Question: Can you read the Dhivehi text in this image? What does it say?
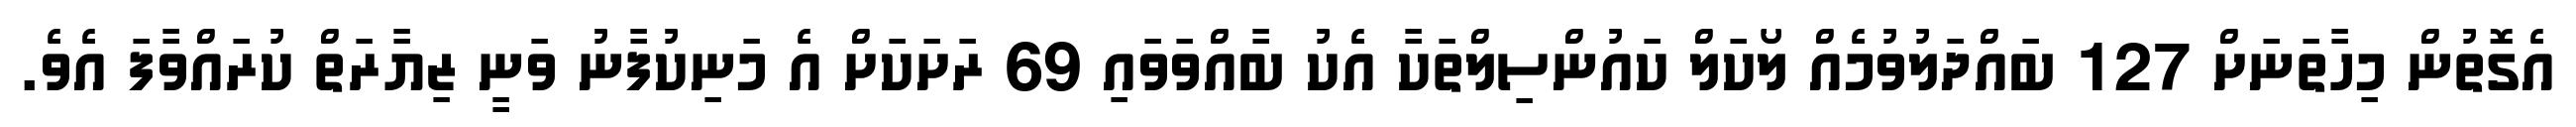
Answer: އެގޮތުން މިހާތަނަށް 127 ބައްދަލުވުމެއް ލޯކަލް ކައުންސިލްތަކާ އެކު ބާއްވަވައި 69 ރަށަކަށް އެ މަނިކުފާނު ވަނީ ޒިޔާރަތް ކުރައްވާފަ އެވެ.